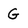
Character: G